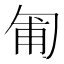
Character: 匍